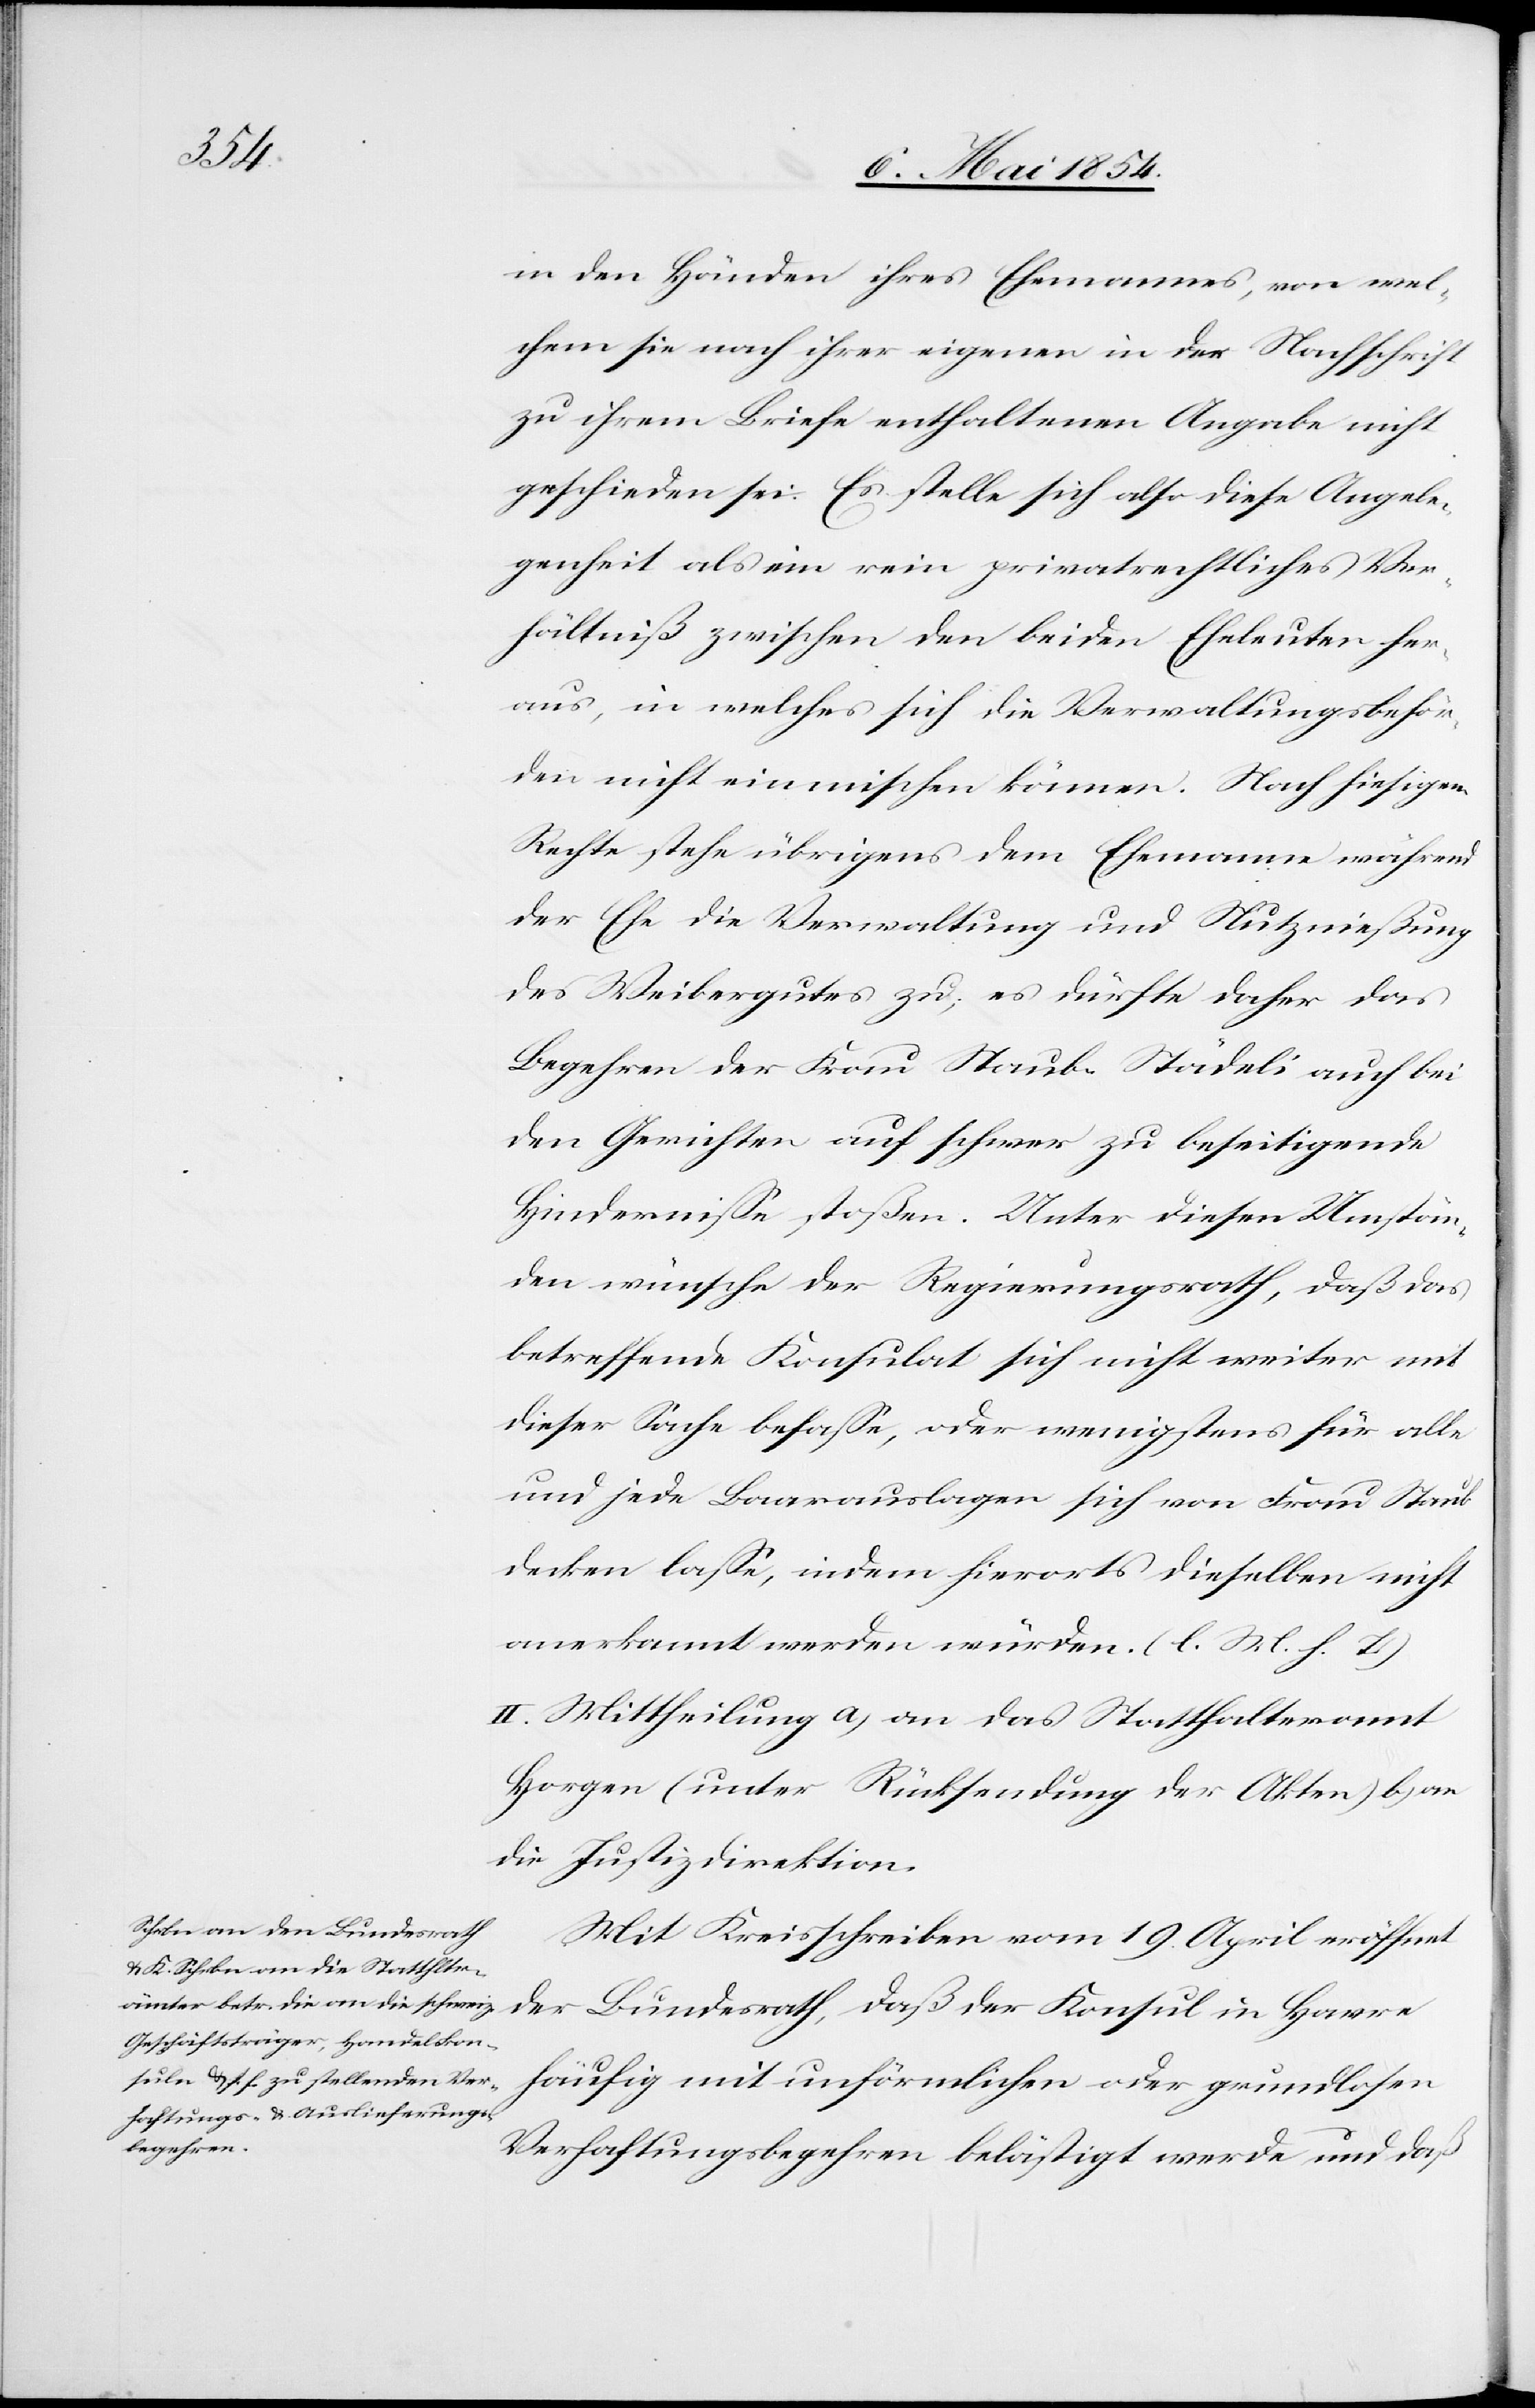
in den Händen ihres Ehemannes, von wel¬
chem sie nach ihrer eigenen in der Nachschrift
zu ihrem Briefe enthaltenen Angabe nicht
geschieden sei. Es stelle sich also diese Angele¬
genheit als ein rein privatrechtliches Ver¬
hältniß zwischen den beiden Eheleuten her¬
aus, in welches sich die Verwaltungsbehör¬
den nicht einmischen können. Nach hiesigem
rechte stehe übrigens dem Ehemanne während
der Ehe die Verwaltung und Nutznießung
des Weibergutes zu; es dürfte daher das
Begehren der Frau Staub-Städeli auch bei
den Gerichten auf schwer zu beseitigende
Hinderniße stoßen. Unter diesen Umstän¬
den wünsche der Regierungsrath, daß das
betreffende Konsulat sich nicht weiter mit
dieser Sache befaße, oder wenigstens für alle
und jede Baarauslagen sich von Frau Staub
decken laße, indem hierorts dieselben nicht
anerkannt werden würden. (l. M. h. T.)
II. Mittheilung a) an das Statthalteramt
Horgen (unter Rücksendung der Akten) b) an
die Justizdirektion.
Mit Kreisschreiben vom 19. April eröffnet
der Bundesrath, daß der Konsul in Havre
häufig mit unförmlichen oder grundlosen
Verhaftungsbegehren belästigt werden und daß